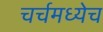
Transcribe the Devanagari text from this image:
चर्चमध्येच